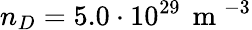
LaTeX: n_{D}=5.0\cdot 10^{29}\, \mathrm{~m~}^{-3}